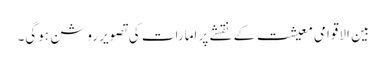
بین الاقوامی معیشت کے نقشے پر امارات کی تصویر روشن ہوگی۔